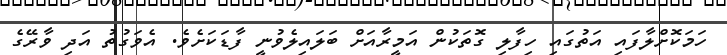
ހަމަކޮށްލާފައި އަތުގައި ހިފާލި ގޮތަކުން އަމީރާއަށް ބަލައިލެވުނީ ފާޑަކަށެވެ. އެވަގުތު އަދި ވާރޭގެ